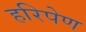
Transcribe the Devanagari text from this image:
हरिपेण